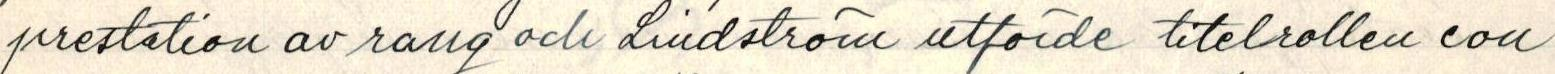
prestation av rang och Lindström utförde titelrollen con